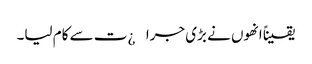
یقیناً انھوں نے بڑی جرا¿ت سے کام لیا۔